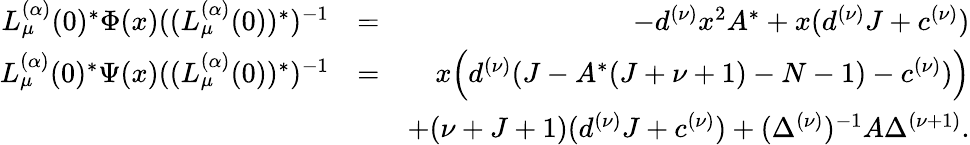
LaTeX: \begin{array}{rlr}{L_{\mu}^{(\alpha)}(0)^{\ast}\Phi(x)((L_{\mu}^{(\alpha)}(0))^{\ast})^{-1}}&{=}&{-d^{(\nu)}x^{2}A^{\ast}+x(d^{(\nu)}J+c^{(\nu)})}\\ {L_{\mu}^{(\alpha)}(0)^{\ast}\Psi(x)((L_{\mu}^{(\alpha)}(0))^{\ast})^{-1}}&{=}&{x\Big(d^{(\nu)}(J-A^{\ast}(J+\nu+1)-N-1)-c^{(\nu)})\Big)}\\ &{}&{+(\nu+J+1)(d^{(\nu)}J+c^{(\nu)})+(\Delta^{(\nu)})^{-1}A\Delta^{(\nu+1)}.}\end{array}